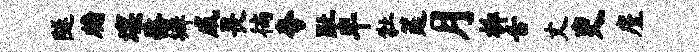
隧牖壤髂墀咸畏徜夸趾半牡筵月柝舌丈吏廑